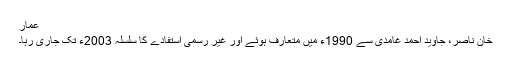
عمار
خان ناصر، جاوید احمد غامدی سے 1990ء میں متعارف ہوئے اور غیر رسمی استفادے کا سلسلہ 2003ء تک جاری رہا۔